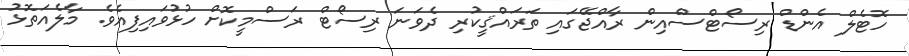
ހޮޓެލް އެންޑް ރިސޯޓްސްއިން ރާއްޖޭގައި ތަރައްޤީކުރި ދެވަނަ ރިސޯޓް ރަސްމީކޮށް ހުޅުވައިފިއެވެ. މާލެއަތޮޅު